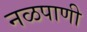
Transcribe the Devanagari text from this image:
नळपाणी